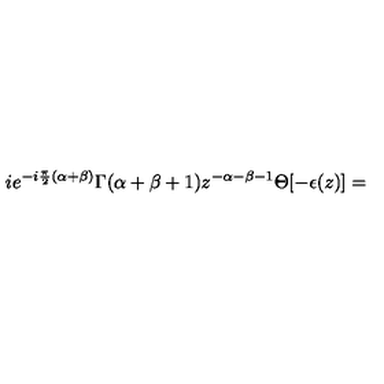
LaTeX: i e ^ { - i \frac { \pi } { 2 } ( \alpha + \beta ) } \Gamma ( \alpha + \beta + 1 ) z ^ { - \alpha - \beta - 1 } \Theta [ - \epsilon ( z ) ] =